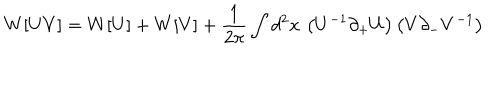
LaTeX: W [ U V ] = W [ U ] + W [ V ] + { \frac { 1 } { 2 \pi } } \int d ^ { 2 } x \, \left( U ^ { - 1 } \partial _ { + } U \right) \left( V \partial _ { - } V ^ { - 1 } \right)